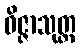
ဝိဇ္ဇာသုတ္တ